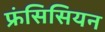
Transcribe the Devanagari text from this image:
फ्रंसिसियन